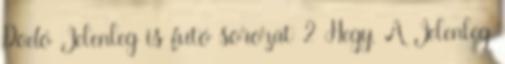
Dodó Jelenleg is futó sorozat 2 Hegy, A Jelenleg